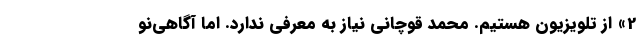
2» از تلویزیون هستیم. محمد قوچانی نیاز به معرفی ندارد. اما آگاهی‌نو